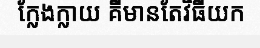
ក្លែងក្លាយ គឺមានតែវិធីយក